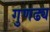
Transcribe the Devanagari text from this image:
गुणढ्य